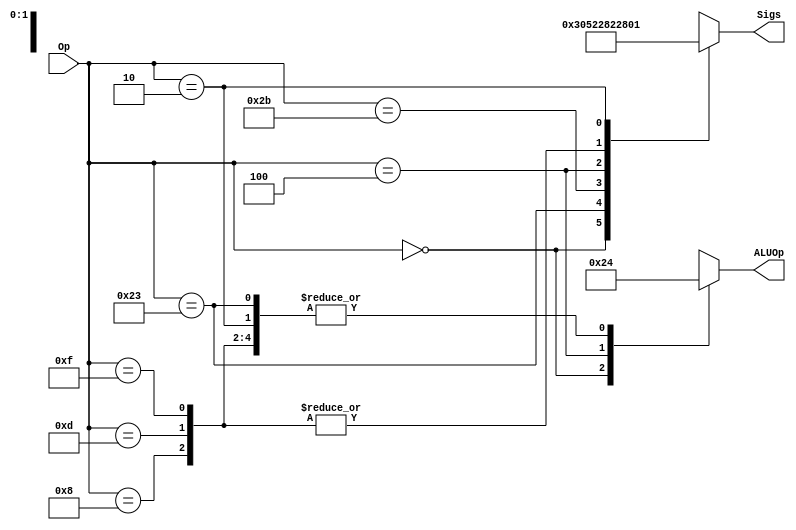
`timescale 1ns / 1ps


module MainDec(
    input [5:0] Op,
    // output MemToReg, MemWrite,
    // output Branch, ALUSrc,
    // output RegDst, RegWrite,
    // output Jump,
    output reg[6:0] Sigs,
    output reg[1:0] ALUOp
);
    
    reg [8:0] Controls;
    
    // assign {RegWrite, RegDst, ALUSrc, Branch, MemWrite, MemToReg, Jump, ALUOp} = Controls;
    always@(*)
        case(Op)
            6'b000000: //Controls <= 9'b110000010;//register-type
                begin
                    Sigs[6:0] <= 7'b1100000;
                    ALUOp <= 2'b10;
                end
            6'b100011: //Controls <= 9'b101001000;//LW
                begin
                    Sigs[6:0] <= 7'b1010010;
                    ALUOp <= 2'b00;
                end
            6'b101011: //Controls <= 9'b001010000;//SW
                begin
                    Sigs[6:0] <= 7'b0010100;
                    ALUOp <= 2'b00;
                end
            6'b000100: //Controls <= 9'b000100001;//BEQ
                begin
                    Sigs[6:0] <= 7'b0001000;
                    ALUOp <= 2'b01;
                end
            6'b001000: //Controls <= 9'b101000000;//ADDI
                begin
                    Sigs[6:0] <= 7'b1010000;
                    ALUOp <= 2'b00;
                end
            6'b001101: //Controls <= 9'b101000000;//ORI
                begin
                    Sigs[6:0] <= 7'b1010000;
                    ALUOp <= 2'b00;
                end
            6'b001111: //Controls <= 9'b101000000;//LUI
                begin
                    Sigs[6:0] <= 7'b1010000;
                    ALUOp <= 2'b00;
                end
            6'b000010: //Controls <= 9'b000000100;//J
                begin
                    Sigs[6:0] <= 7'b0000001;
                    ALUOp <= 2'b00;
                end
            default:   //Controls <= 9'bxxxxxxxxx;//illegal Op
                begin
                    Sigs[6:0] <= 7'bxxxxxxx;
                    ALUOp <= 2'bxx;
                end
        endcase 
endmodule